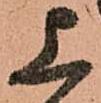
上